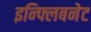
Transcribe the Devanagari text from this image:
इन्फ्लिबनेट